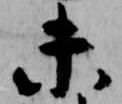
未